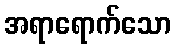
အရာရောက်သော